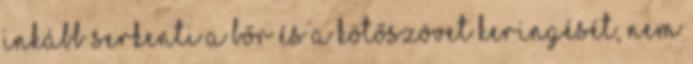
inkább serkenti a bőr és a kötőszövet keringését, nem